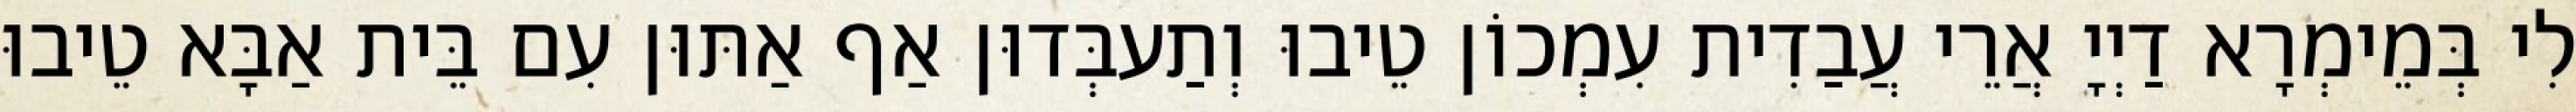
לִי בְּמֵימְרָא דַיְיָ אֲרֵי עֲבַדִית עִמְכוֹן טֵיבוּ וְתַעבְּדוּן אַף אַתּוּן עִם בֵּית אַבָּא טֵיבוּ